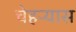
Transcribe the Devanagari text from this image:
चेहऱ्यास